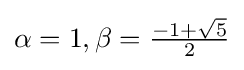
\alpha =1,\beta ={\tfrac {-1+{\sqrt {5}}}{2}}